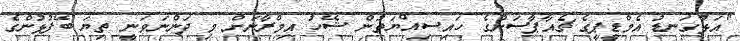
"އަޅުގަނޑު އެމްޑީޕީގެ ޗެއާޕާސަންގެ ހައިސިއްޔަތުން ޝޭހު އިމްރާނަށް މި ދަންނަވަނީ ތިޔަ ބޭފުޅުންގެ